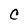
Character: C